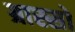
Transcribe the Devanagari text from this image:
ग्रास्सो